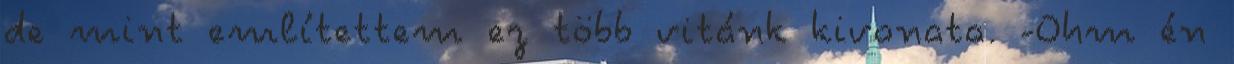
de mint említettem ez több vitánk kivonata. -Ohm én